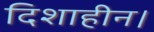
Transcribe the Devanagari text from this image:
दिशाहीन।